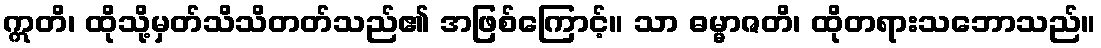
ဣတိ၊ ထိုသို့မှတ်သိသိတတ်သည်၏ အဖြစ်ကြောင့်။ သာ ဓမ္မာဇတိ၊ ထိုတရားသဘောသည်။